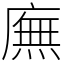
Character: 廡